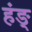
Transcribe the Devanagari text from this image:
हंङ्